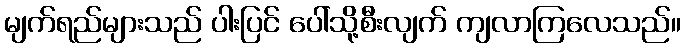
မျက်ရည်များသည် ပါးပြင် ပေါ်သို့စီးလျက် ကျလာကြလေသည်။